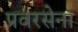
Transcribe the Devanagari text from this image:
प्रवरसेना